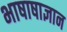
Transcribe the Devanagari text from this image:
भाषाषाज्ञान